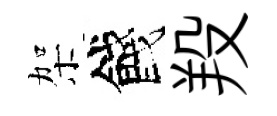
架餞羖